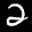
Label: 2